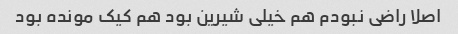
اصلا راضی نبودم هم خیلی شیرین بود هم کیک مونده بود